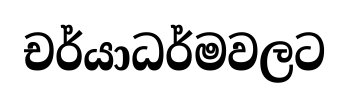
චර්යාධර්මවලට